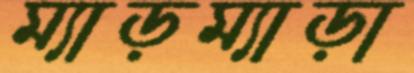
ম্যাড়ম্যাড়া